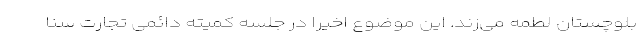
بلوچستان لطمه می‌زند. این موضوع اخیراً در جلسه کمیته دائمی تجارت سنا